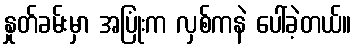
နှုတ်ခမ်းမှာ အပြုံးက လှစ်ကနဲ ပေါ်ခဲ့တယ်။